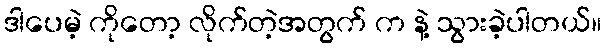
ဒါပေမဲ့ ကိုတော့ လိုက်တဲ့အတွက် က နဲ့ သွားခဲ့ပါတယ်။